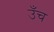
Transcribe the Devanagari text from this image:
उँच